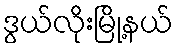
ဒွယ်လိုးမြို့နယ်